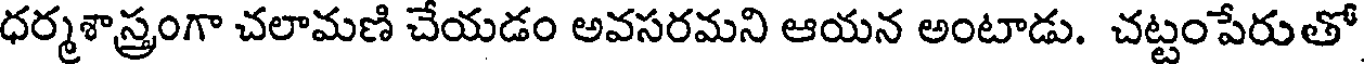
ధర్మశాస్త్రంగా చలామణి చేయడం అవసరమని ఆయన అంటాడు. చట్టంపేరుతో